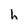
Character: h